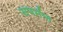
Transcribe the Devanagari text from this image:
सपर्मण